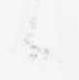
候